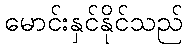
မောင်းနှင်နိုင်သည်